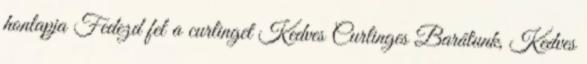
honlapja Fedezd fel a curlinget Kedves Curlinges Barátunk, Kedves